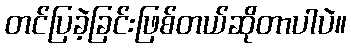
တင်ပြခဲ့ခြင်းဖြစ်တယ်ဆိုတာပါပဲ။